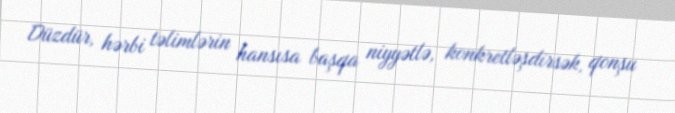
Düzdür, hərbi təlimlərin hansısa başqa niyyətlə, konkretləşdirsək, qonşu